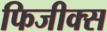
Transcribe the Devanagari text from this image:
फिजीक्स